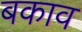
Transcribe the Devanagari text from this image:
बकाव